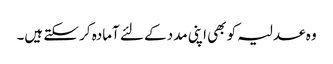
وہ عدلیہ کو بھی اپنی مدد کے لئے آمادہ کر سکتے ہیں۔